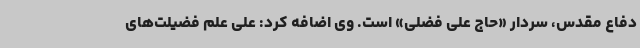
دفاع مقدس، سردار «حاج علی فضلی» است. وی اضافه کرد: علی علم فضیلت‌های